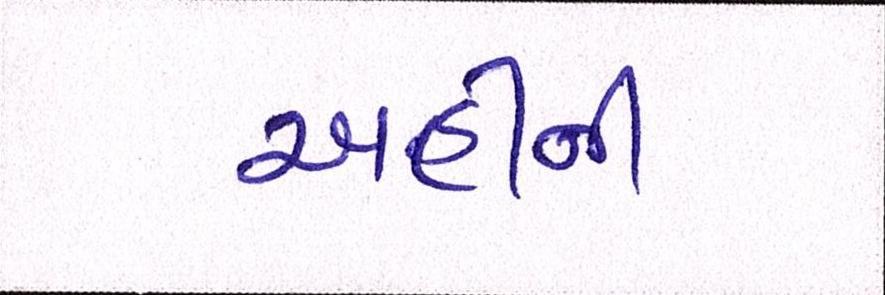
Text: અહીંની